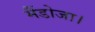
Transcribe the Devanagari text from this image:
मैंडोजा।